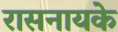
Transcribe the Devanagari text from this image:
रासनायके